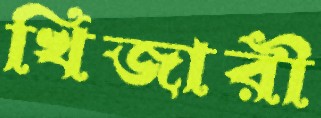
খিজারী